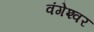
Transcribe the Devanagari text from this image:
वंगेश्‍वर